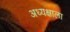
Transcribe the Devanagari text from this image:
अध्यक्षाला